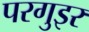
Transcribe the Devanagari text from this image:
परगुइर